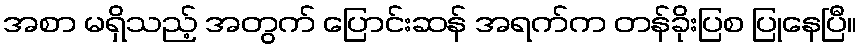
အစာ မရှိသည့် အတွက် ပြောင်းဆန် အရက်က တန်ခိုးပြစ ပြုနေပြီ။